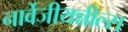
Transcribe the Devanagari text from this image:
नार्वेजीयन्नील्स